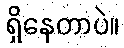
ရှိနေတာပဲ။